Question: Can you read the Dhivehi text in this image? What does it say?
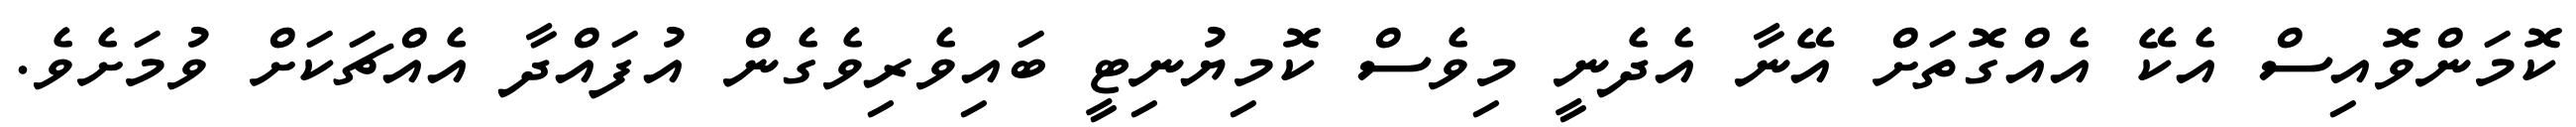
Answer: ކޮމަންވޮއިސް އެކޭ އެއްގޮތަށް އޭނާ އެދެނީ މިވެސް ކޮމިޔުނިޓީ ބައިވެރިވެގެން އުފައްދާ އެއްޗަކަށް ވުމަށެވެ.